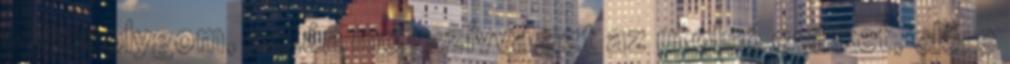
- mosolygom, aztán megszívva azt az utolsó csikket, előre